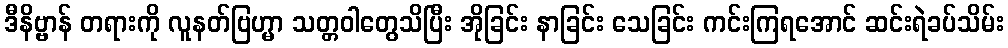
ဒီနိဗ္ဗာန် တရားကို လူနတ်ဗြဟ္မာ သတ္တဝါတွေသိပြီး အိုခြင်း နာခြင်း သေခြင်း ကင်းကြရအောင် ဆင်းရဲခပ်သိမ်း